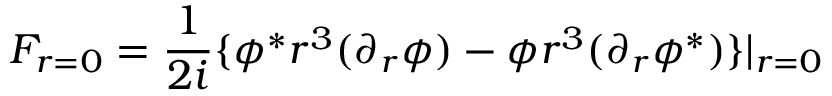
F _ { r = 0 } = \frac { 1 } { 2 i } \lbrace \phi ^ { \ast } r ^ { 3 } ( \partial _ { r } \phi ) - \phi r ^ { 3 } ( \partial _ { r } \phi ^ { \ast } ) \rbrace | _ { r = 0 }